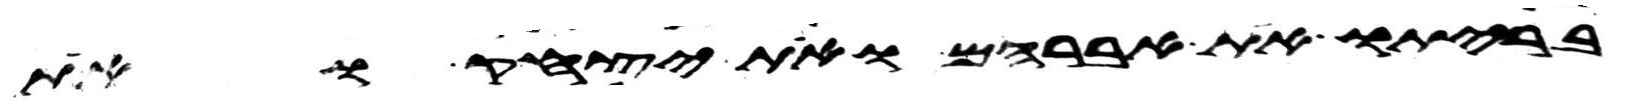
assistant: בריתו את אברהם ואת יצחק ואת